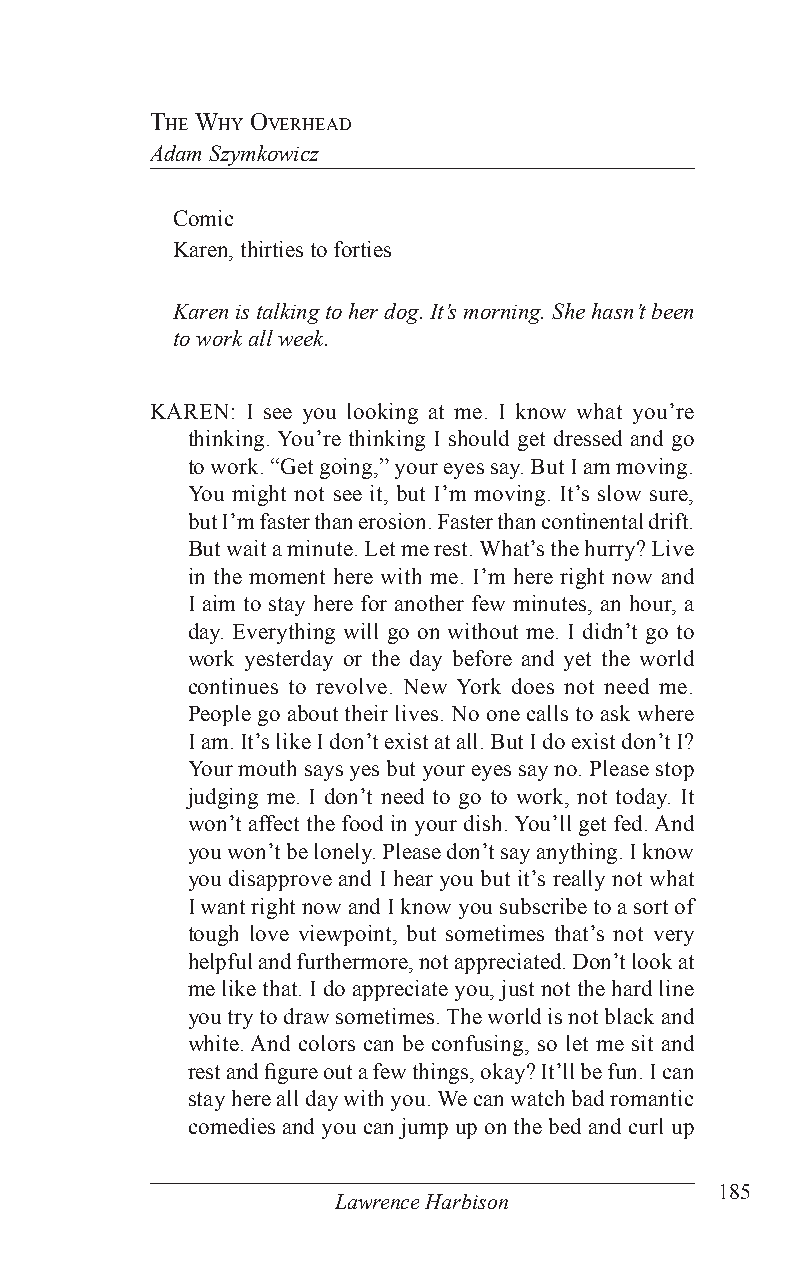
The Why overhead
 Adam Szymkowicz
 Comic
 Karen, thirties to forties
 Karen is talking to her dog. It’s morning. She hasn’t been
 to work all week.
 KAREN: I see you looking at me. I know what you’re
 thinking. You’re thinking I should get dressed and go
 to work. “Get going,” your eyes say. But I am moving.
 You might not see it, but I’m moving. It’s slow sure,
 but I’m faster than erosion. Faster than continental drift.
 But wait a minute. Let me rest. What’s the hurry? Live
 in the moment here with me. I’m here right now and
 I aim to stay here for another few minutes, an hour, a
 day. Everything will go on without me. I didn’t go to
 work yesterday or the day before and yet the world
 continues to revolve. New York does not need me.
 People go about their lives. No one calls to ask where
 I am. It’s like I don’t exist at all. But I do exist don’t I?
 Your mouth says yes but your eyes say no. Please stop
 judging me. I don’t need to go to work, not today. It
 won’t affect the food in your dish. You’ll get fed. And
 you won’t be lonely. Please don’t say anything. I know
 you disapprove and I hear you but it’s really not what
 I want right now and I know you subscribe to a sort of
 tough love viewpoint, but sometimes that’s not very
 helpful and furthermore, not appreciated. Don’t look at
 me like that. I do appreciate you, just not the hard line
 you try to draw sometimes. The world is not black and
 white. And colors can be confusing, so let me sit and
 rest and figure out a few things, okay? It’ll be fun. I can
 stay here all day with you. We can watch bad romantic
 comedies and you can jump up on the bed and curl up
 185
 Lawrence Harbison